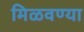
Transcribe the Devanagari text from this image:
मिळवण्या